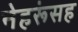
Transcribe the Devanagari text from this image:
नेहरूंसह